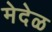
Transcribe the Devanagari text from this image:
मेदेळ